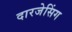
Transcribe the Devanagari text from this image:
दारजेसिंग